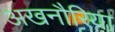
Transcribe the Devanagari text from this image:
अखनौरिया